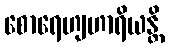
စောရေဟျဟာရိယန္တိ